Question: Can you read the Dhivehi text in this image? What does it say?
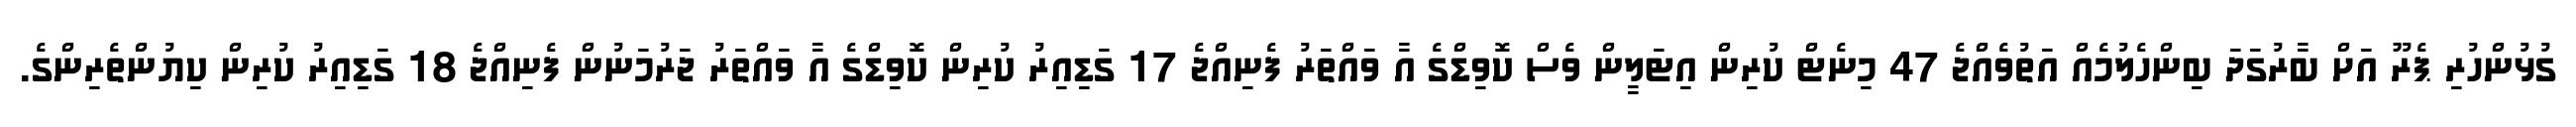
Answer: ގުޅުންހުރި ޕެރޫ އަށް ބާރުގަދަ ބިންހެލުމެއް އަތުވެއްޖެ 47 މިނެޓް ކުރިން އިޓަލީން ވެސް ކޮވިޑްގެ އާ ވައްތަރު ފެނިއްޖެ 17 ގަޑިއިރު ކުރިން ކޮވިޑްގެ އާ ވައްތަރު ޖަރުމަނުން ފެނިއްޖެ 18 ގަޑިއިރު ކުރިން ކިޔުންތެރިންގެ.